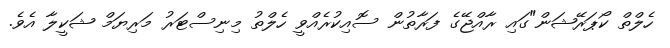
ހެލްތް ކޯޕަރޭޝަން"ގައި ރާއްޖޭގެ ފަރާތުން ސޮއިކުރެއްވީ ހެލްތު މިނިސްޓަރު މަރިޔަމް ޝަކީލާ އެވެ.